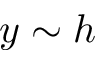
y \sim h